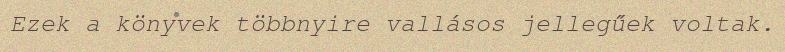
Ezek a könyvek többnyire vallásos jellegűek voltak.